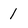
Character: I